Rangoon Lunatic Asylum 1898-1906 - 1898-1906
Year: 1898
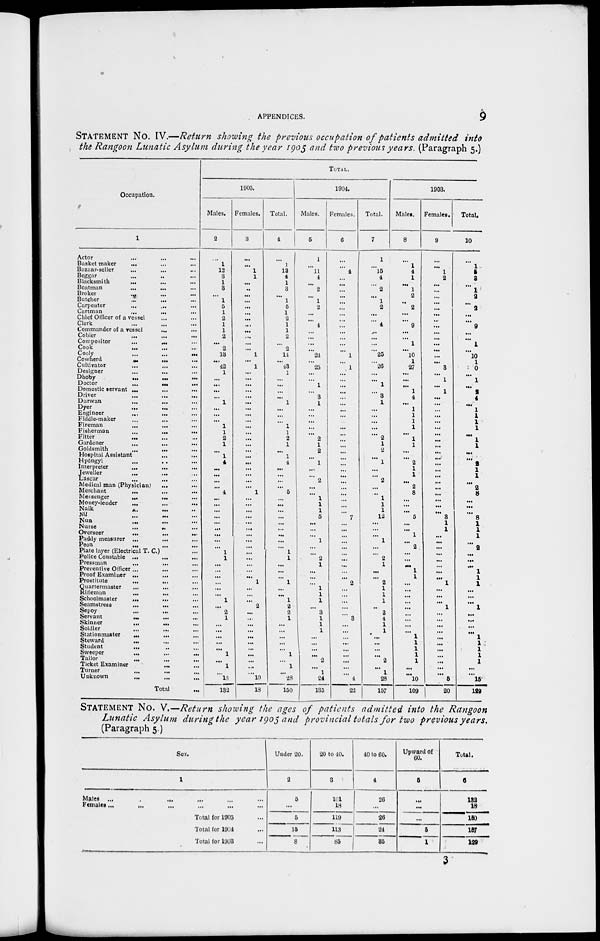
APPENDICES.
9
STATEMENT NO. IV.—Return showing the previous occupation of patients admitted into
the Rangoon Lunatic Asylum during the year 1905 and two previous years. (Paragraph 5.)
Occupation.
1
Actor ... ... ...
Basket maker
... ... ...
Bazaar-seller ... ... ...
Beggar ... ... ...
Blacksmith ... ... ...
Boatman
...
...
...
Broker ... ... ...
Butcher ... ... ...
Carpenter ... ... ...
Cartman ... ... ...
Chief Officer of a vessel ... ...
Clerk ... ... ...
Commander of a vessel ... ...
Cobler ... ... ...
Compositor
...
...
...
Cook
...
...
...
Cooly
...
...
...
Cowherd
...
...
...
Cultivator ... ... ...
Designer ... ... ...
Dhoby
...
...
...
Doctor
...
...
...
Domestic servant ... ... ...
Driver ... ... ...
Durwan ... ... ...
Dyer ... ... ...
Engineer ... ... ...
Fiddle-maker ... ... ...
Fireman ... ... ...
Fisherman ... ... ...
Fitter ... ... ...
Gardener ... ... ...
Goldsmith
...
...
...
Hospital Assistant ... ... ...
Hpôngyi ... ... ...
Interpreter ... ... ...
Jeweller ... ... ...
Lascar ... ... ...
Medical man (Physician) ... ...
Merchant
... ... ...
Messenger
...
... ...
Money-lender
...
...
...
Naik
...
...
...
Nil ... ... ...
Nun ... ... ...
Nurse
...
...
...
Overseer
...
...
...
Paddy measurer ... ... ...
Peon
...
...
...
Plate layer (Electrical T. C.) ...
Police Constable ... ... ...
Pressman ... ... ...
Preventive Officer ... ... ...
Proof Examiner ... ... ...
Prostitute ... ... ...
Quartermaster
... ... ...
Rifleman ... ... ...
Schoolmaster ... ... ...
Seamstress ... ... ...
Sepoy ... ... ...
Servant ... ... ...
Skinner
...
...
...
Soldier ... ... ...
Stationmaster ... ... ...
Steward ... ... ...
Student ... ... ...
Sweeper
...
...
...
Tailor ... ... ...
Ticket Examiner ... ...
Turner ... ... ...
Unknown ... ... ...
Total ...
TOTAL.
1905.
Males.
2
...
1
12
3
1
3
...
1
5
1
2
1
1
2
...
2
13
...
42
1
...
...
...
...
1
...
...
...
1
1
2
1
...
1
4
...
...
...
...
4
...
...
...
...
...
...
...
...
1
1
...
...
...
...
...
...
1
...
2
1
...
...
...
...
...
1
...
1
...
18
132
Females.
3
...
...
1
1
...
...
...
...
...
...
...
...
...
...
...
...
1
...
1
...
...
...
...
...
...
...
...
...
...
...
...
...
...
...
...
...
...
...
...
1
...
...
...
...
...
...
...
...
...
...
...
...
...
...
1
...
...
...
2
...
...
...
...
...
...
...
...
...
...
...
10
18
Total.
4
...
1
13
4
1
3
...
1
5
1
2
1
1
2
...
2
14 ...
43
1
...
...
...
...
1
...
...
...
1
1
2
1
...
1
4
...
...
...
...
5
...
...
...
.. .
...
...
...
...
...
1
1
...
...
...
1
...
...
1
2
2
1
...
...
...
...
...
1
...
1
...
23
150
1904.
Males.
5
1
...
11
4
...
2
...
1
2
...
...
4
...
...
...
...
24
...
25
...
...
1
...
3
1
...
...
...
...
...
2
1
2
...
1
...
...
2
...
...
1
1
1
5
...
...
...
1
1
...
2
1
...
...
...
1
1
1
...
3
1
1
1
...
...
...
...
2
...
1
21
135
Females.
6
...
...
4
...
...
...
...
...
...
...
...
...
...
...
...
...
1
...
1
...
...
...
...
...
...
...
...
...
...
...
...
...
...
...
...
...
...
...
...
...
...
...
...
7
...
...
...
...
...
...
...
...
...
...
2
...
...
...
...
...
3
...
...
...
...
...
...
...
...
...
4
22
Total.
7
1
...
15
4
...
2
...
1
2
...
...
4
...
...
...
...
25
...
26
...
...
1
...
3
1
...
...
...
...
...
2
1
2
...
1
...
...
2
...
...
1
1
1
12
...
...
...
1
...
...
2
1
...
...
2
1
1
1
...
3
4
1
1
...
...
...
...
2
...
1
28
157
1903.
Males.
8
...
1
4
1
...
1
2
...
2
...
...
9
...
...
1
...
10
1
27
...
...
...
1
4
...
1
1
1
1
...
1
1
...
...
2
1
1
...
2
8
...
...
...
5
...
...
1
...
2
...
...
...
1
1
...
...
...
...
...
...
...
...
...
1
1
1
1
1
...
...
10
109
Females.
9
...
...
1
2
...
...
...
...
...
...
...
...
...
...
...
...
...
...
3
...
1
...
1
...
...
...
...
...
...
...
...
...
...
....
...
...
...
...
...
...
...
...
...
3
1
1
...
...
...
...
...
...
...
...
1
...
...
...
1
...
...
...
...
...
...
...
...
...
...
...
5
20
Total.
10
...
1
5
3
...
1
2
...
2
...
...
9
...
...
1
...
10
1
0
...
1
...
2
4
...
1
1
1
1
...
1
1
...
...
2
1
1
...
2
8
...
...
...
8
1
1
1
...
2
...
...
...
1
1
1
...
...
...
1
...
...
...
...
1
1
1
1
1
...
...
15
129
STATEMENT NO. V.—Return showing the ages of patients admitted into the Rangoon
Lunatic Asylum during the year 1905 and provincial totals for two previous years,
(Paragraph 5.)
Sex.
1
Males
... ... ... ... ... ...
Females ... ... ... ... ... ...
Total for 1905 ...
Total for 1904 ...
Total for 1903 ...
Under 20.
2
5
...
5
15
8
20 to 10.
3
101
18
119
113
85
40 to 60.
4
26
...
26
24
85
Upward of
60.
5
...
...
...
5
1
Total.
6
132
18
150
157
129
3